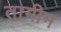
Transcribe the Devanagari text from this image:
तामीम